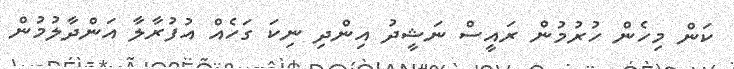
ކަން މިހެެން ހުރުމުން ރައީސް ނަޝީދު އިންދި ނިކަ ގަހެއް އުފުރާލާ އަންދާލުމުން